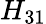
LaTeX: H_{31}